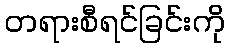
တရားစီရင်ခြင်းကို